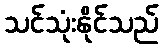
သင်သုံးနိုင်သည်